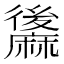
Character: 䵈